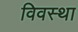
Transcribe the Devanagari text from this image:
विवस्था